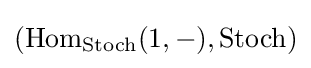
(\mathrm {Hom} _{\mathrm {Stoch} }(1,-),\mathrm {Stoch} )